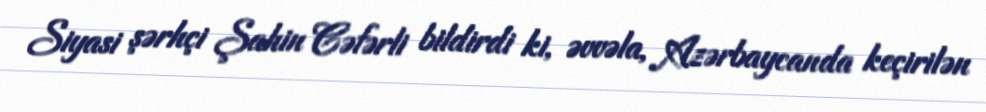
Siyasi şərhçi Şahin Cəfərli bildirdi ki, əvvəla, Azərbaycanda keçirilən